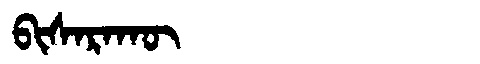
Manchu: ᠪᡳᠰᠠᡵᠠᡴᡡ
Romanization: BISARAKŪ